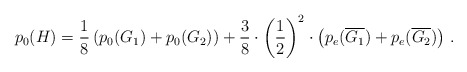
\begin{align*}p_0(H) = \frac{1}{8}\left(p_0(G_1)+p_0(G_2)\right)+\frac{3}{8}\cdot \left(\frac{1}{2}\right)^2\cdot\left(p_e(\overline{G_1})+p_e(\overline{G_2})\right) \,.\end{align*}